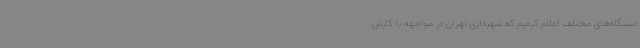
دستگاه‌های مختلف اعلام کردیم که شهرداری تهران در مواجهه با کارتن